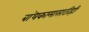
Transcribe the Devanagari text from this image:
बांधकामासाठीही